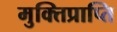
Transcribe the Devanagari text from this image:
मुक्तिप्राप्ति